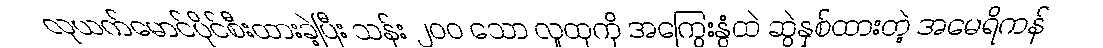
လုယက်မောင်ပိုင်စီးထားခဲ့ပြီး သန်း ၂၀၀ သော လူထုကို အကြွေးနွံထဲ ဆွဲနှစ်ထားတဲ့ အမေရိကန်